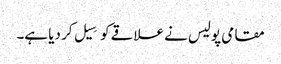
مقامی پولیس نے علاقے کو سِیل کر دیا ہے۔